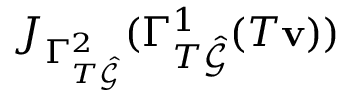
J _ { \Gamma _ { T \hat { \mathcal { G } } } ^ { 2 } } ( \Gamma _ { T \hat { \mathcal { G } } } ^ { 1 } ( T \mathbf { v } ) )